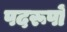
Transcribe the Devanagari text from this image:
पदरूपों